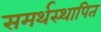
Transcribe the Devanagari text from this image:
समर्थस्थापित